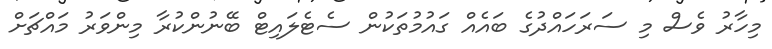
މިހާރު ވެސް މި ސަރަހައްދުގެ ބައެއް ގައުމުތަކުން ސެޓެލައިޓް ބޭނުންކުރާ މިންވަރު މައްޗަށް